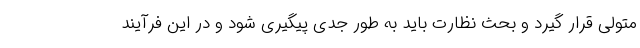
متولی قرار گیرد و بحث نظارت باید به طور جدی پیگیری شود و در این فرآیند